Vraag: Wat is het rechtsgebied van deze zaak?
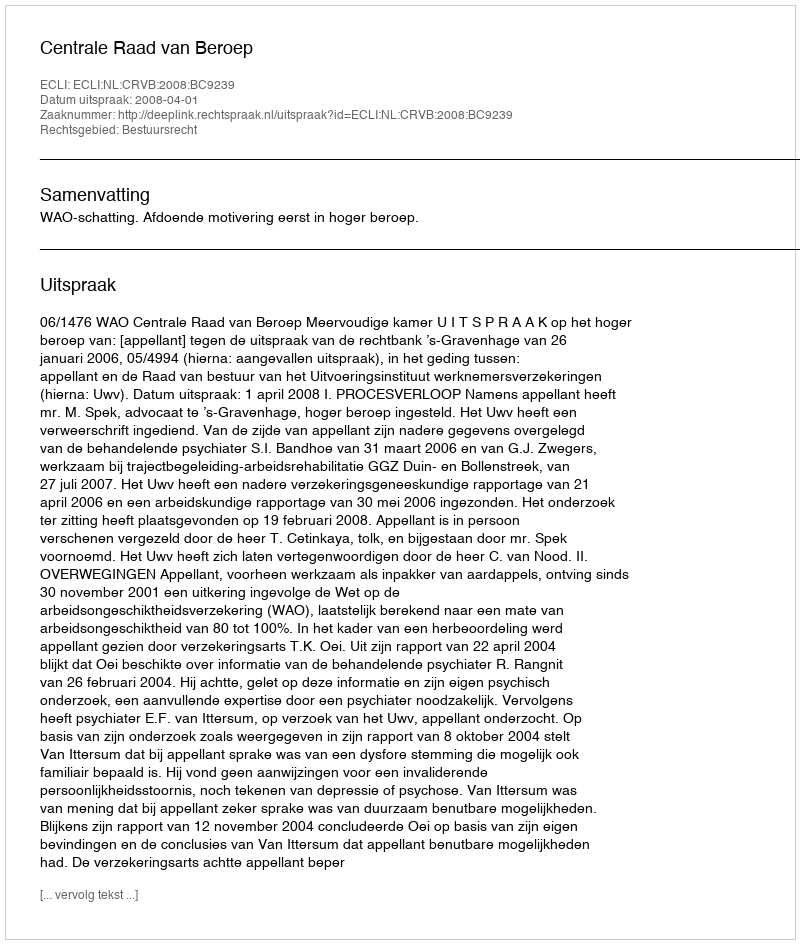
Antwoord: Bestuursrecht